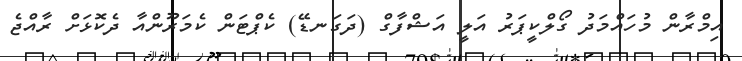
އިމްރާން މުހައްމަދު ގޯލްކީޕަރު އަލީ އަޝްފާގް (ދަގަނޑޭ) ކެޕްޓަން ކެމަރޫންއާ ދެކޮޅަށް ރާއްޖެ